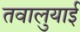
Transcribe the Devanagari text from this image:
तवालुयाई